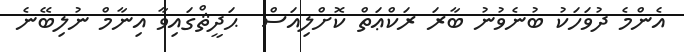
އެންމެ ދުވަހަކު ބުނެވުނު ބާރަ ރަކްޢަތް ކޮށްލިއަސް  ޙަދީޘްގައިވާ އިނާމް ނުލިބޭނެ